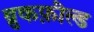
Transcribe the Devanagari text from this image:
ब्रुकफ़ील्ड